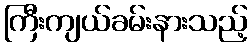
ကြီးကျယ်ခမ်းနားသည့်